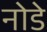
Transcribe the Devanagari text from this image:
नोडे